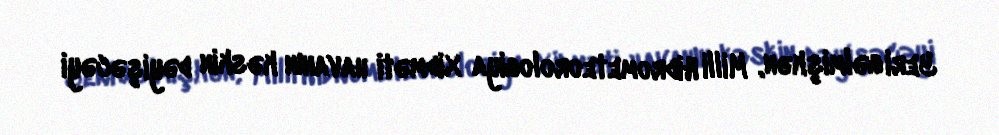
Yeri gəlmişkən, Milli Hidrometeorologiya Xidməti havanın kəskin dəyişəcəyi